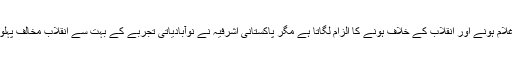
اگرچہ یہ ہندوؤں پر غلام ہونے اور انقلاب کے خلاف ہونے کا الزام لگاتا ہے مگر پاکستانی اشرفیہ نے نوآبادیاتی تجربے کے بہت سے انقلاب مخالف پہلو وراثت میں لئے ہیں۔